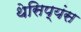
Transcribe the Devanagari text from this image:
थेसिप्यंस